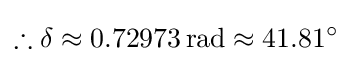
\therefore \delta \approx 0.72973\,\mathrm {rad} \approx 41.81^{\circ }